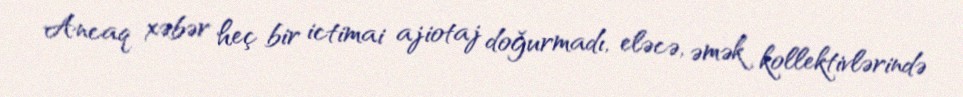
Ancaq xəbər heç bir ictimai ajiotaj doğurmadı, eləcə, əmək kollektivlərində